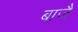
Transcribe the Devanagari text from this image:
बाजै